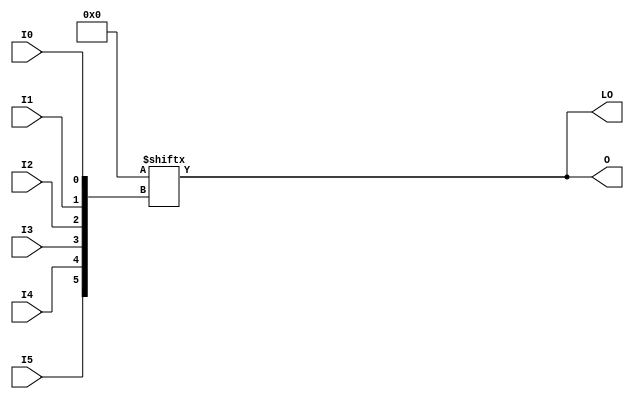
// $Header: /devl/xcs/repo/env/Databases/CAEInterfaces/xec_libs/data/unisims/LUT6_D.v,v 1.1 2007/05/02 17:32:12 vandanad Exp $
/*

FUNCTION	: 6-inputs LUT

*/

module LUT6_D (LO, O, I0, I1, I2, I3, I4, I5);

  parameter INIT = 64'h0000000000000000;

  input I0, I1, I2, I3, I4, I5;

  output LO, O;

  wire LO;

  assign LO = O;

  assign O = INIT[{I5, I4, I3, I2, I1, I0}];

endmodule